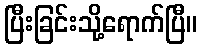
ပြီးခြင်းသို့ရောက်ပြီ။